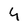
Character: 4